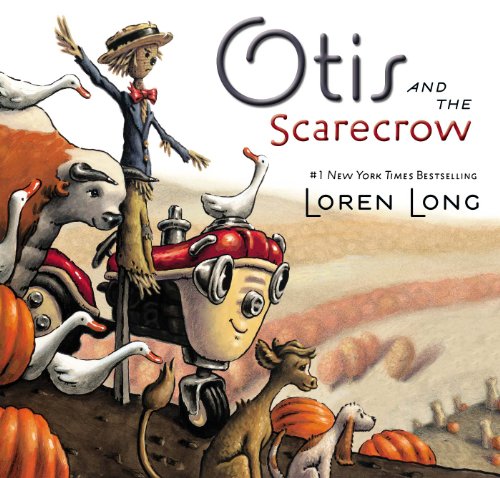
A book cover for Otis and the Scarecrow; Loren Long; Children's Books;